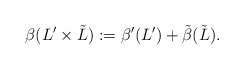
\begin{align*}\beta(L'\times \tilde{L}):=\beta'(L')+\tilde{\beta}(\tilde{L}).\end{align*}